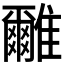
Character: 𩁖